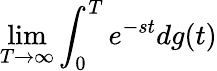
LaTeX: \operatorname*{lim}_{T\to\infty}\int_{0}^{T}e^{-st}dg(t)